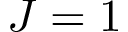
J = 1